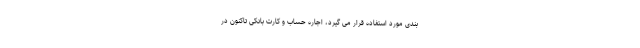
بندی مورد استفاده قرار می گیرد، اجاره حساب و کارت بانکی تاکنون در